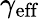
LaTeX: \gamma_{\mathrm{eff}}